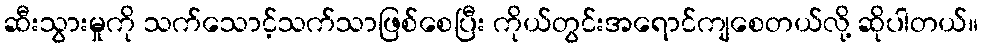
ဆီးသွားမှုကို သက်သောင့်သက်သာဖြစ်စေပြီး ကိုယ်တွင်းအရောင်ကျစေတယ်လို့ ဆိုပါတယ်။